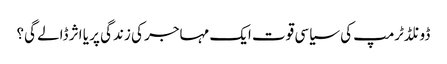
ڈونلڈٹرمپ کی سیاسی قوت ایک مہاجر کی زندگی پر یا اثر ڈالے گی؟